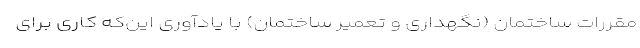
مقررات ساختمان (نگهداری و تعمیر ساختمان) با یادآوری این‌که کاری برای